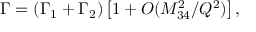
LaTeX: \Gamma = ( \Gamma _ { 1 } + \Gamma _ { 2 } ) \left[ 1 + O ( M _ { 3 4 } ^ { 2 } / Q ^ { 2 } ) \right] ,